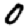
Digit: 0